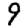
Digit: 9